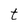
Character: t